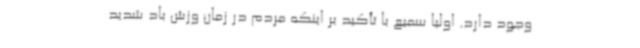
وجود دارد. اولیا سمیع با تأکید بر اینکه مردم در زمان وزش باد شدید